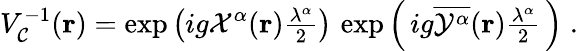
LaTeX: V_{\cal{C}}^{-1}({\mathbf{r}})=\exp\left(ig{\cal X}^{\alpha}({\mathbf{r}}){\textstyle\frac{\lambda^{\alpha}}{2}}\right)\, \exp\left(\, ig{\overline{{{{\cal{Y}}^{\alpha}}}}}({\mathbf{r}}){\textstyle\frac{\lambda^{\alpha}}{2}}\, \right)\; .